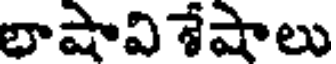
భాషావిశేషాలు